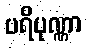
ပရိပုဏ္ဏာ